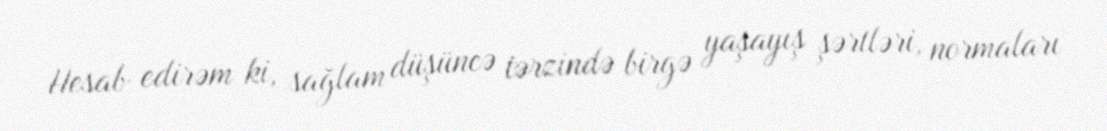
Hesab edirəm ki, sağlam düşüncə tərzində birgə yaşayış şərtləri, normaları